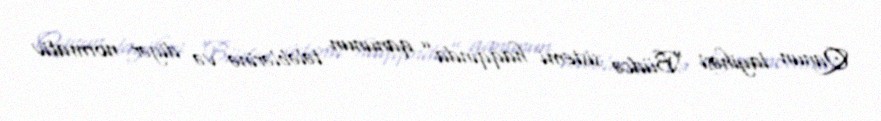
Qanun layihəsi “Büdcə sistemi haqqında” qanunun tələblərinə və digər normativ